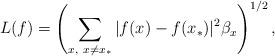
LaTeX: \begin{gather*}L(f)=\left(\sum\limits_{x,~x \neq x_*} |f(x)-f(x_*)|^2 \beta_x\right)^{1/2},\end{gather*}